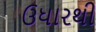
ઉધારથી